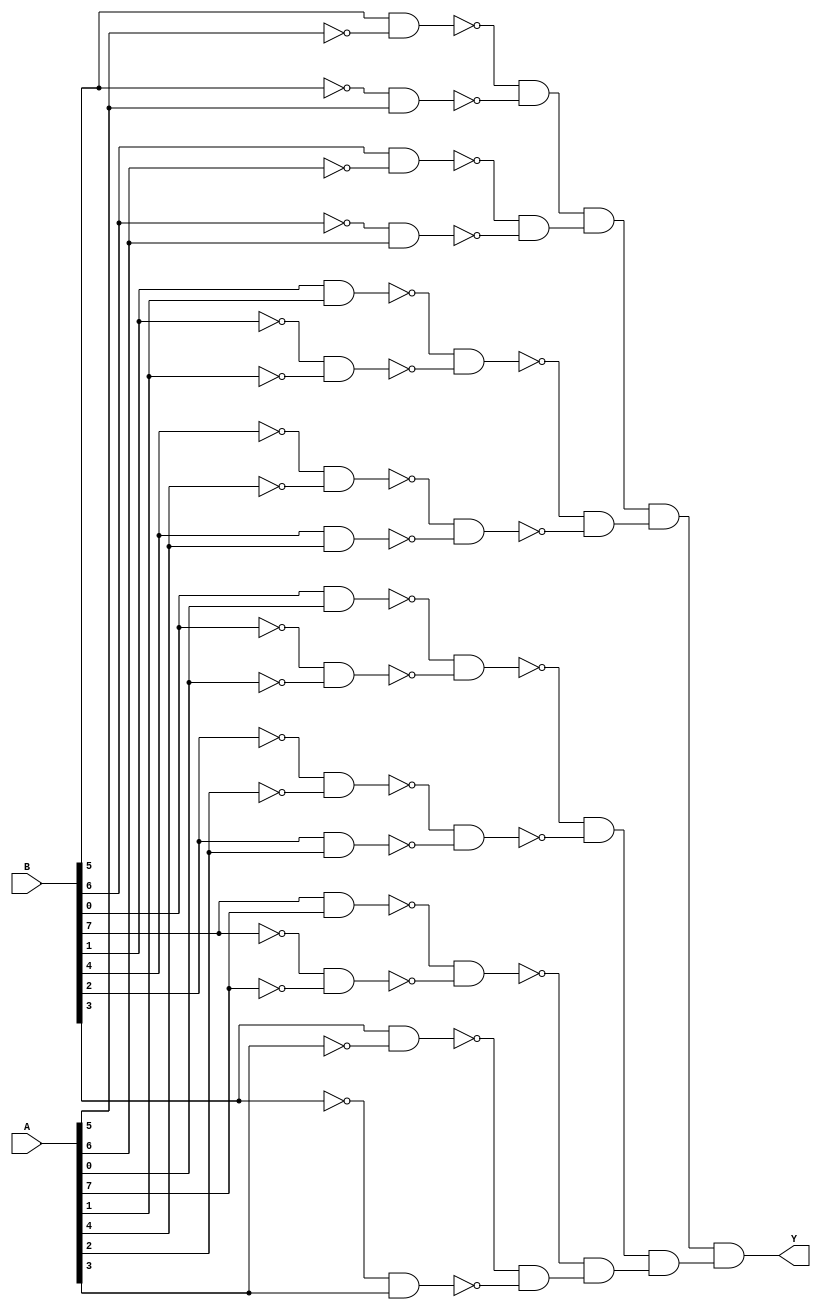
/* Generated by Yosys 0.28+1 (git sha1 a9c792dce, clang 10.0.0-4ubuntu1 -fPIC -Os) */

(* hdlname = "\\\\compare_two_8bit_buses" *)
(* top =  1  *)
(* src = "compare_two_8bit_buses.v:3.1-14.10" *)
module compare_two_8bit_buses(A, B, Y);
  wire _000_;
  wire _001_;
  wire _002_;
  wire _003_;
  wire _004_;
  wire _005_;
  wire _006_;
  wire _007_;
  wire _008_;
  wire _009_;
  wire _010_;
  wire _011_;
  wire _012_;
  wire _013_;
  (* src = "compare_two_8bit_buses.v:5.17-5.18" *)
  wire _014_;
  (* src = "compare_two_8bit_buses.v:5.17-5.18" *)
  wire _015_;
  (* src = "compare_two_8bit_buses.v:5.17-5.18" *)
  wire _016_;
  (* src = "compare_two_8bit_buses.v:5.17-5.18" *)
  wire _017_;
  (* src = "compare_two_8bit_buses.v:5.17-5.18" *)
  wire _018_;
  (* src = "compare_two_8bit_buses.v:5.17-5.18" *)
  wire _019_;
  (* src = "compare_two_8bit_buses.v:5.17-5.18" *)
  wire _020_;
  (* src = "compare_two_8bit_buses.v:5.17-5.18" *)
  wire _021_;
  (* src = "compare_two_8bit_buses.v:6.17-6.18" *)
  wire _022_;
  (* src = "compare_two_8bit_buses.v:6.17-6.18" *)
  wire _023_;
  (* src = "compare_two_8bit_buses.v:6.17-6.18" *)
  wire _024_;
  (* src = "compare_two_8bit_buses.v:6.17-6.18" *)
  wire _025_;
  (* src = "compare_two_8bit_buses.v:6.17-6.18" *)
  wire _026_;
  (* src = "compare_two_8bit_buses.v:6.17-6.18" *)
  wire _027_;
  (* src = "compare_two_8bit_buses.v:6.17-6.18" *)
  wire _028_;
  (* src = "compare_two_8bit_buses.v:6.17-6.18" *)
  wire _029_;
  (* src = "compare_two_8bit_buses.v:7.16-7.17" *)
  wire _030_;
  wire _031_;
  wire _032_;
  wire _033_;
  wire _034_;
  wire _035_;
  wire _036_;
  wire _037_;
  wire _038_;
  wire _039_;
  wire _040_;
  wire _041_;
  wire _042_;
  wire _043_;
  wire _044_;
  wire _045_;
  wire _046_;
  wire _047_;
  wire _048_;
  wire _049_;
  wire _050_;
  wire _051_;
  wire _052_;
  wire _053_;
  wire _054_;
  wire _055_;
  wire _056_;
  wire _057_;
  wire _058_;
  wire _059_;
  wire _060_;
  wire _061_;
  wire _062_;
  wire _063_;
  wire _064_;
  wire _065_;
  wire _066_;
  wire _067_;
  wire _068_;
  wire _069_;
  wire _070_;
  wire _071_;
  wire _072_;
  wire _073_;
  wire _074_;
  wire _075_;
  wire _076_;
  wire _077_;
  wire _078_;
  wire _079_;
  wire _080_;
  wire _081_;
  wire _082_;
  wire _083_;
  wire _084_;
  wire _085_;
  wire _086_;
  (* src = "compare_two_8bit_buses.v:5.17-5.18" *)
  input [7:0] A;
  wire [7:0] A;
  (* src = "compare_two_8bit_buses.v:6.17-6.18" *)
  input [7:0] B;
  wire [7:0] B;
  (* src = "compare_two_8bit_buses.v:7.16-7.17" *)
  output Y;
  wire Y;
  assign _031_ = ~_022_;
  assign _032_ = ~_014_;
  assign _033_ = ~_023_;
  assign _034_ = ~_015_;
  assign _035_ = ~_024_;
  assign _036_ = ~_016_;
  assign _037_ = ~_025_;
  assign _038_ = ~_017_;
  assign _039_ = ~_026_;
  assign _040_ = ~_018_;
  assign _041_ = ~_027_;
  assign _042_ = ~_019_;
  assign _043_ = ~_028_;
  assign _044_ = ~_020_;
  assign _045_ = ~_029_;
  assign _046_ = ~_021_;
  assign _047_ = ~(_027_ & _042_);
  assign _048_ = ~(_041_ & _019_);
  assign _049_ = ~(_047_ & _048_);
  assign _050_ = ~_049_;
  assign _051_ = ~(_028_ & _044_);
  assign _052_ = ~(_043_ & _020_);
  assign _053_ = ~(_051_ & _052_);
  assign _054_ = ~_053_;
  assign _055_ = ~(_050_ & _054_);
  assign _056_ = ~_055_;
  assign _057_ = ~(_022_ & _014_);
  assign _058_ = ~(_031_ & _032_);
  assign _059_ = ~(_057_ & _058_);
  assign _060_ = ~(_029_ & _021_);
  assign _061_ = ~(_045_ & _046_);
  assign _062_ = ~(_060_ & _061_);
  assign _063_ = ~(_023_ & _015_);
  assign _064_ = ~(_033_ & _034_);
  assign _065_ = ~(_063_ & _064_);
  assign _066_ = ~(_039_ & _040_);
  assign _067_ = ~(_026_ & _018_);
  assign _068_ = ~(_066_ & _067_);
  assign _069_ = ~(_065_ & _068_);
  assign _070_ = ~_069_;
  assign _071_ = ~(_035_ & _036_);
  assign _072_ = ~(_024_ & _016_);
  assign _073_ = ~(_071_ & _072_);
  assign _074_ = ~(_025_ & _038_);
  assign _075_ = ~(_037_ & _017_);
  assign _076_ = ~(_074_ & _075_);
  assign _077_ = ~_076_;
  assign _078_ = ~(_056_ & _070_);
  assign _079_ = ~_078_;
  assign _080_ = ~(_059_ & _073_);
  assign _081_ = ~_080_;
  assign _082_ = ~(_062_ & _077_);
  assign _083_ = ~_082_;
  assign _084_ = ~(_081_ & _083_);
  assign _085_ = ~_084_;
  assign _086_ = ~(_079_ & _085_);
  assign _030_ = ~_086_;
  assign _022_ = B[0];
  assign _014_ = A[0];
  assign _023_ = B[1];
  assign _015_ = A[1];
  assign _024_ = B[2];
  assign _016_ = A[2];
  assign _025_ = B[3];
  assign _017_ = A[3];
  assign _026_ = B[4];
  assign _018_ = A[4];
  assign _027_ = B[5];
  assign _019_ = A[5];
  assign _028_ = B[6];
  assign _020_ = A[6];
  assign _029_ = B[7];
  assign _021_ = A[7];
  assign Y = _030_;
endmodule